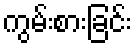
ကွမ်းစားခြင်း